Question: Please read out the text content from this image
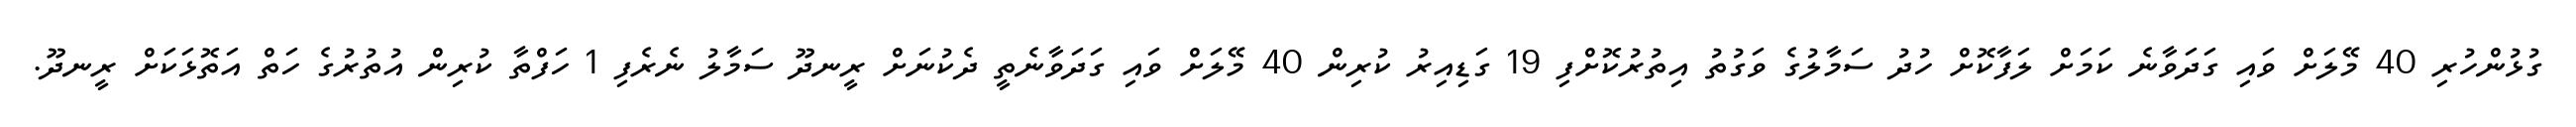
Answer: ގުޅުންހުރި 40 މޭލަށް ވައި ގަދަވާނެ ކަމަށް ލަފާކޮށް ހުދު ސަމާލުގެ ވަގުތު އިތުރުކޮށްފި 19 ގަޑިއިރު ކުރިން 40 މޭލަށް ވައި ގަދަވާނެތީ ދެކުނަށް ރީނދޫ ސަމާލު ނެރެފި 1 ހަފްތާ ކުރިން އުތުރުގެ ހަތް އަތޮޅަކަށް ރީނދޫ.